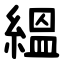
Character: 縕